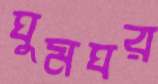
ঘুমঘর